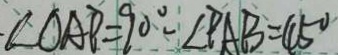
\angle O A P = 9 0 ^ { \circ } - \angle P A B = 4 5 ^ { \circ }